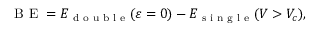
\textrm { B E } = E _ { \textrm { d o u b l e } } ( \varepsilon = 0 ) - E _ { \textrm { s i n g l e } } ( V > V _ { c } ) ,